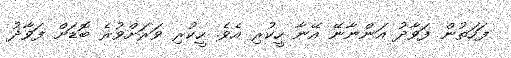
ފަހަތުން ފަވާދު އަންނާނޭ އޭނާ ހީކުރި އެވެ. ހީކުރި ވަރަށްވުރެ ބޮޑަށް ފަވާދު